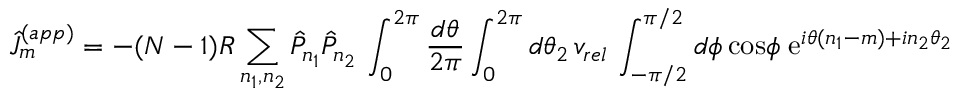
\hat { J } _ { m } ^ { ( a p p ) } = - ( N - 1 ) R \sum _ { n _ { 1 } , n _ { 2 } } \hat { P } _ { n _ { 1 } } \hat { P } _ { n _ { 2 } } \, \int _ { 0 } ^ { 2 \pi } { \frac { d \theta } { 2 \pi } } \int _ { 0 } ^ { 2 \pi } d \theta _ { 2 } \, v _ { r e l } \, \int _ { - \pi / 2 } ^ { \pi / 2 } d \phi \, \mathrm { c o s } \phi \; \mathrm { e } ^ { i \theta ( n _ { 1 } - m ) + i n _ { 2 } \theta _ { 2 } }